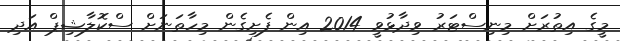
މީގެ އިތުރަށް މިނިސްޓަރު ވިދާޅުވީ 2014 އިން ފެށިގެން މިހާތަނަށް ސްކޮލާޝިޕް އަދި